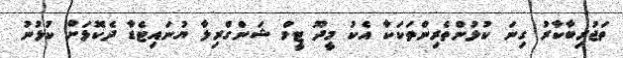
ތަޖުރިބާކާރު ގިނަ ކުޅުންތެރިންތަކަކާ އެކު މީދޫ ޓީމް ޝަންގްރިލާ ޔުނައިޓެޑާ ދެކޮޅަށް ކުޅުނު